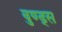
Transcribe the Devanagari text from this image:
वुण्ड्स